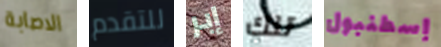
الاصابة للتقدم إبر تلك إسطنبول